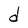
Character: d